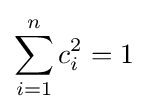
\sum _{i=1}^{n}c_{i}^{2}=1